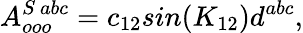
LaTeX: A_{ooo}^{S\ abc}=c_{12}sin(K_{12})d^{abc},